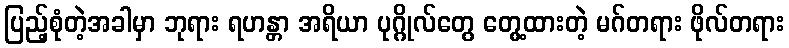
ပြည့်စုံတဲ့အခါမှာ ဘုရား ရဟန္တာ အရိယာ ပုဂ္ဂိုလ်တွေ တွေ့ထားတဲ့ မဂ်တရား ဖိုလ်တရား